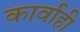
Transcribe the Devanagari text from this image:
कार्वाही